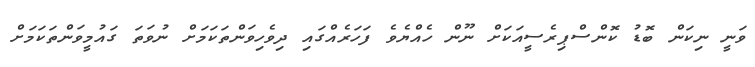
ވަނީ ނިކަން ބޮޑު ކޮންސްޕިރެސީއަކަށް ނޫން ހެއްޔެވެ ފަހަރެއްގައި ދިވެހިވަންތަކަމަށް ނުވަތަ ގައުމީވަންތަކަމަށް